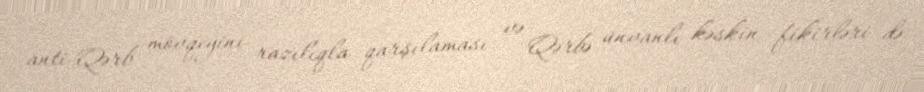
anti-Qərb mövqeyini razılıqla qarşılaması və Qərbə ünvanlı kəskin fikirləri də